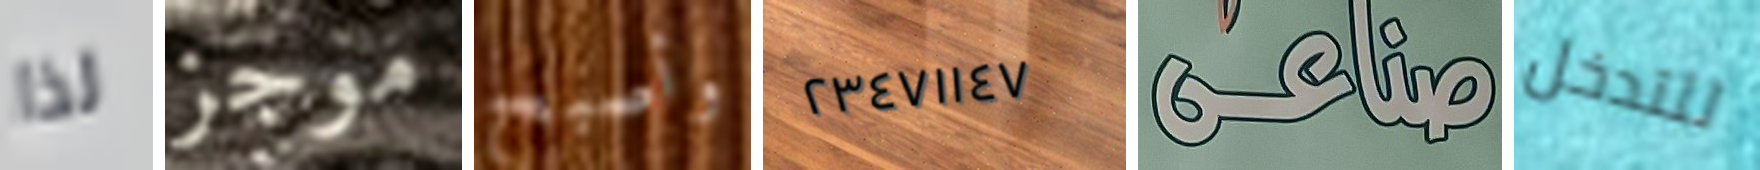
لذا موجز وأصبح ٢٣٤٧١١٤٧ صناعى للتدخل